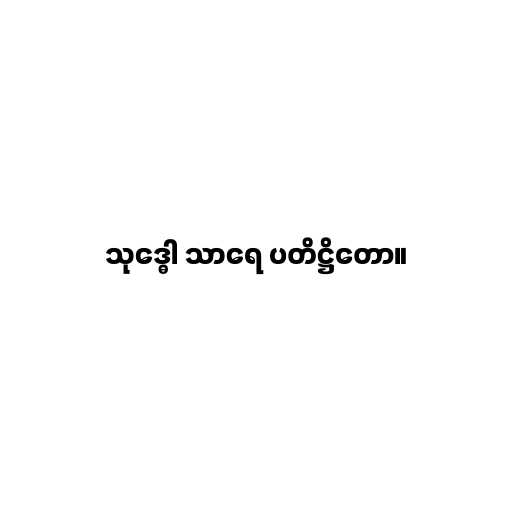
သုဒ္ဓေါ သာရေ ပတိဋ္ဌိတော။